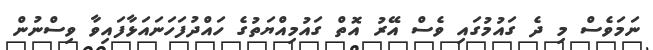
ނަމަވެސް މި ދެ ގައުމުގައި ވެސް އޭރު އޮތް ގައުމިއްޔަތުގެ ހައްދުފަހަނައަޅާފައިވާ ވިސްނުން